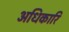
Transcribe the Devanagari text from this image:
अधिकारि